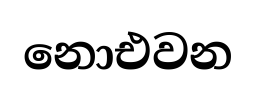
නොඑවන